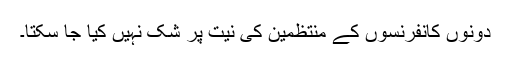
دونوں کانفرنسوں کے منتظمین کی نیت پر شک نہیں کیا جا سکتا۔